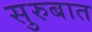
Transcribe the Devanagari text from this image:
सुरुबात